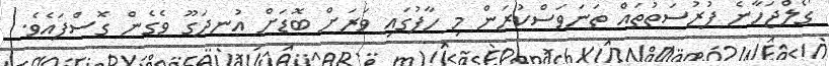
ގޯލްޖަހާނެ ފުރުސަތުތައް ތަނަވަސްކުރަން މި ހާފުގައި ވަރަށް ބޮޑަށް އުނދަގޫ ވެގެން ގޮސްފައެވެ.